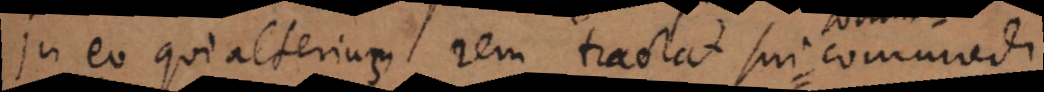
In eo qui alterius rem tractat sui commodi